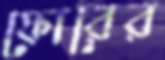
ফোরের